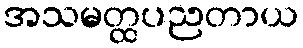
အသမတ္ထပညတာယ